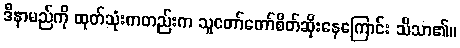
ဒီနာမည်ကို ထုတ်သုံးကတည်းက သူတော်တော်စိတ်ဆိုးနေကြောင်း သိသာ၏။